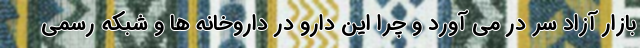
بازار آزاد سر در می آورد و چرا این دارو در داروخانه ها و شبکه رسمی